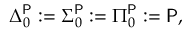
\Delta _ { 0 } ^ { \mathsf { P } } : = \Sigma _ { 0 } ^ { \mathsf { P } } : = \Pi _ { 0 } ^ { \mathsf { P } } : = { \mathsf { P } } ,